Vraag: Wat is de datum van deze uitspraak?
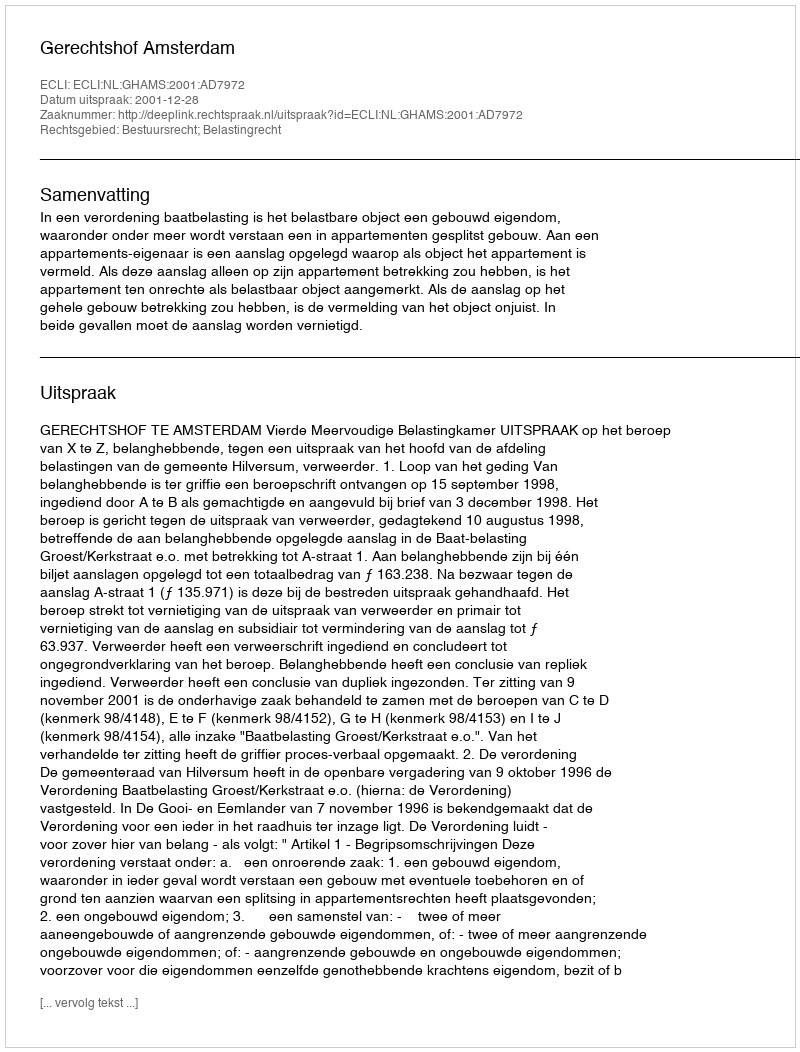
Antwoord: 2001-12-28